Report on the lunatic asylums under the Government of Bombay - 1904-1913
Year: 1904
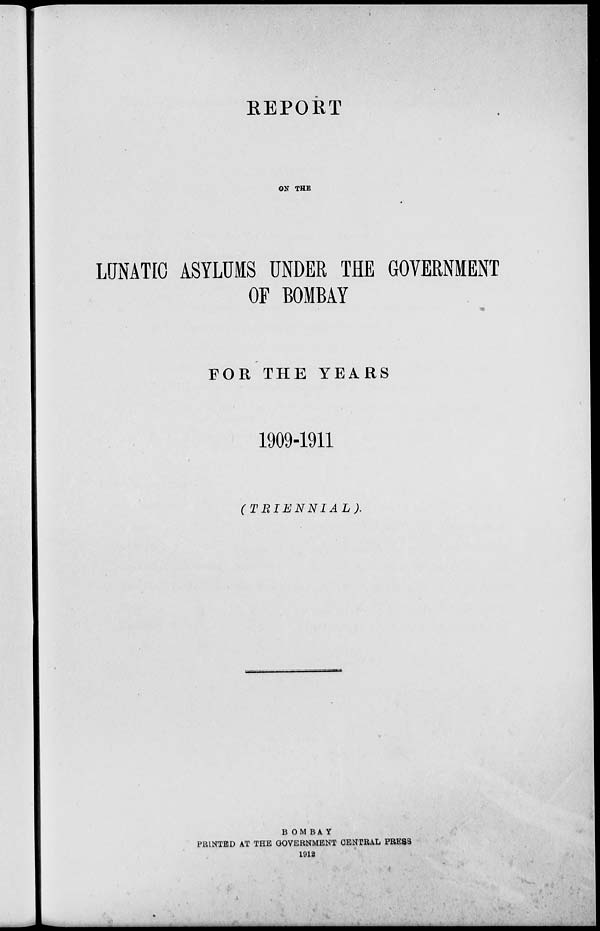
REPORT
ON THE
LUNATIC ASYLUMS UNDER THE GOVERNMENT
OF BOMBAY
FOR THE YEARS
1909-1911
(TRIENNIAL).
BOMBAY
PRINTED AT THE GOVERNMENT CENTRAL PRESS
1912